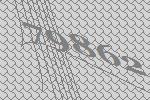
79862